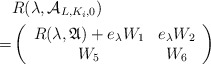
\begin{align*} &R(\lambda,\mathcal {A}_{L,K_i,0})\\=&\left( \begin{array}{cc} R(\lambda,\mathfrak{A})+e_\lambda W_1 & e_\lambda W_2 \\ W_5& W_6 \\ \end{array}\right)\end{align*}